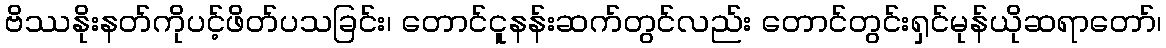
ဗိဿနိုးနတ်ကိုပင့်ဖိတ်ပသခြင်း၊ တောင်ငူနန်းဆက်တွင်လည်း တောင်တွင်းရှင်မုန်ယိုဆရာတော်၊